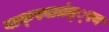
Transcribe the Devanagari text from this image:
वाक्स्वातंत््रय